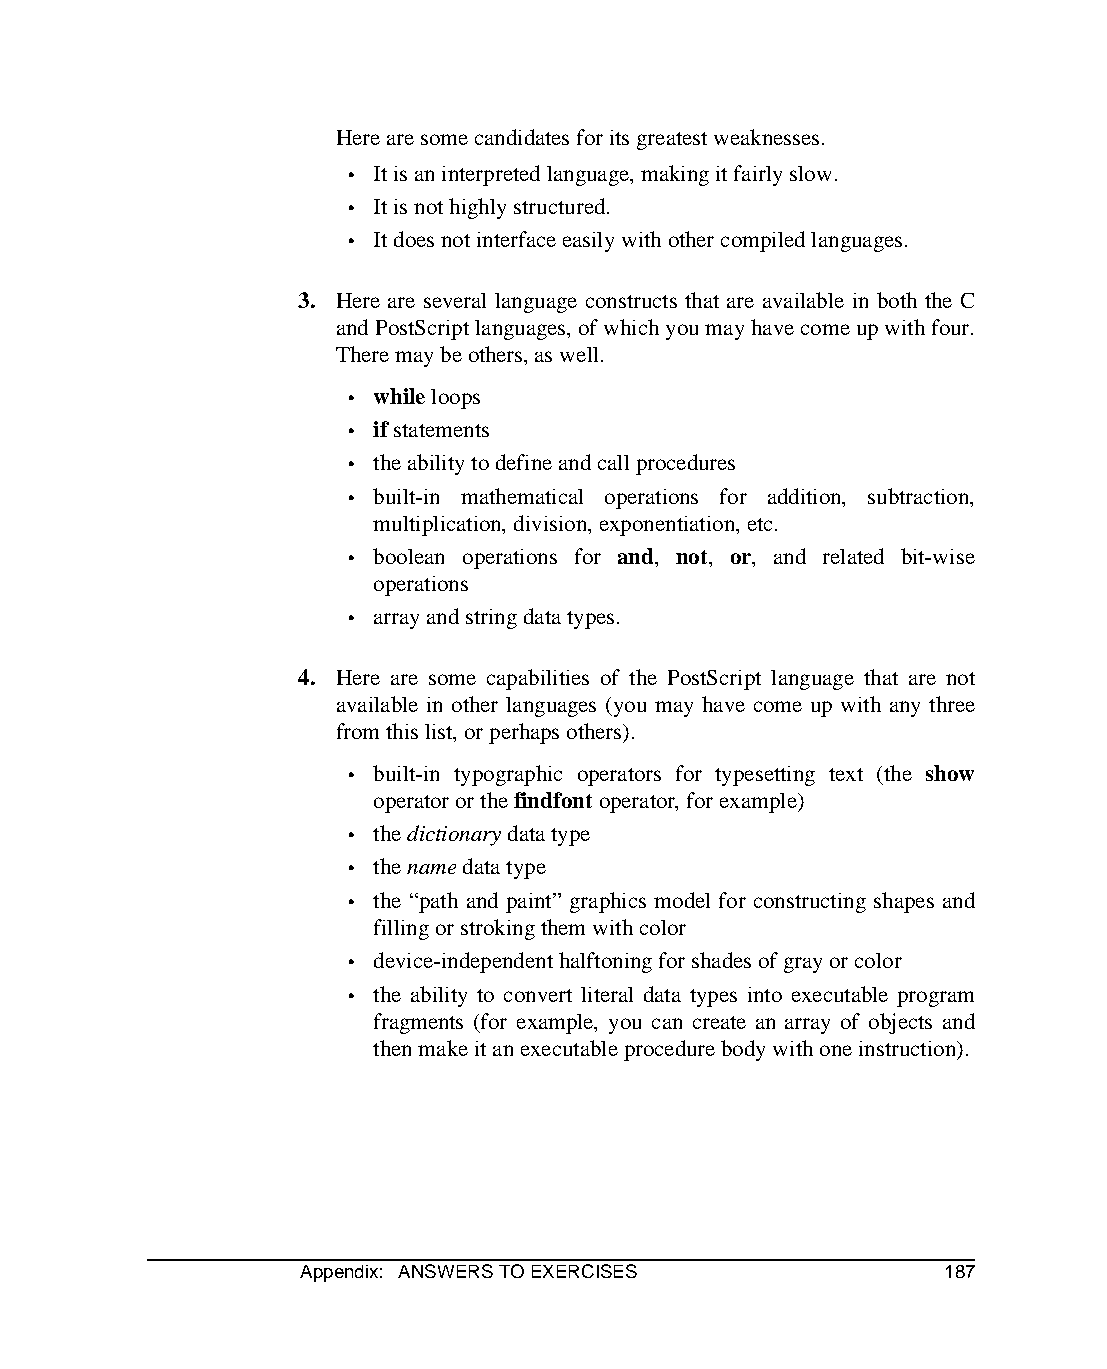
Here are some candidates for its greatest weaknesses.
 • It is an interpreted language, making it fairly slow.
 • It is not highly structured.
 • It does not interface easily with other compiled languages.
 3. Here are several language constructs that are available in both the C
 and PostScript languages, of which you may have come up with four.
 There may be others, as well.
 • while loops
 • if statements
 • the ability to define and call procedures
 • built-in mathematical operations for addition, subtraction,
 multiplication, division, exponentiation, etc.
 • boolean operations for and, not, or, and related bit-wise
 operations
 • array and string data types.
 4. Here are some capabilities of the PostScript language that are not
 available in other languages (you may have come up with any three
 from this list, or perhaps others).
 • built-in typographic operators for typesetting text (the show
 operator or the findfont operator, for example)
 • the dictionary data type
 • the name data type
 • the “path and paint” graphics model for constructing shapes and
 filling or stroking them with color
 • device-independent halftoning for shades of gray or color
 • the ability to convert literal data types into executable program
 fragments (for example, you can create an array of objects and
 then make it an executable procedure body with one instruction).
 Appendix: ANSWERS TO EXERCISES            187